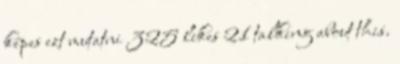
képes ezt mutatni 325 likes 21 talking about this.